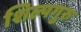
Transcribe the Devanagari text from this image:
शिल्पगुरु